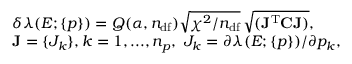
\begin{array} { r l } & { \delta \lambda ( E ; \{ p \} ) = Q ( \alpha , n _ { \mathrm { d f } } ) \sqrt { \chi ^ { 2 } / n _ { \mathrm { d f } } } \, \sqrt { ( \mathbf { J } ^ { \mathrm { T } } \mathbf { C } \mathbf { J } ) } , } \\ & { \mathbf { J } = \{ J _ { k } \} , k = 1 , . . . , n _ { p } , \ J _ { k } = \partial \lambda ( E ; \{ p \} ) / \partial p _ { k } , } \end{array}